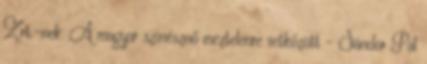
Zrt.-nek. A magyar színésznő meztelenre vetkőzött - Sándor Pál